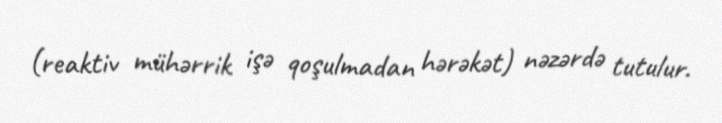
(reaktiv mühərrik işə qoşulmadan hərəkət) nəzərdə tutulur.